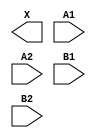
module sky130_fd_sc_hdll__o22a (
    X ,
    A1,
    A2,
    B1,
    B2
);

    output X ;
    input  A1;
    input  A2;
    input  B1;
    input  B2;

    // Voltage supply signals
    supply1 VPWR;
    supply0 VGND;
    supply1 VPB ;
    supply0 VNB ;

endmodule